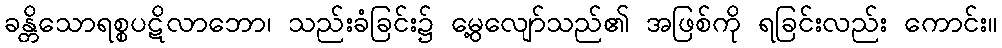
ခန္တိသောရစ္စပဋိလာဘော၊ သည်းခံခြင်း၌ မွေ့လျော်သည်၏ အဖြစ်ကို ရခြင်းလည်း ကောင်း။